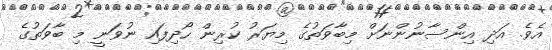
އެވެ. އަދި އިންސާނުންނަށް މިބާވަތުގެ މިޔަރު ކުރިން ހޯދިފައި ނުވަނީ މި ބާވަތުގެ